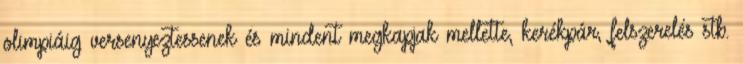
olimpiáig versenyeztessenek és mindent megkapjak mellette, kerékpár, felszerelés stb.